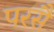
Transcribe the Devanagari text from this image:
परसै